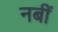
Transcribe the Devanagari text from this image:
नबीं